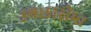
કલાકારોમા